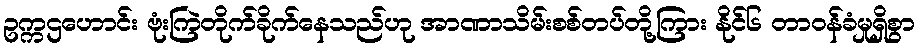
ဥက္ကဌဟောင်း ဗုံးကြဲတိုက်ခိုက်နေသည်ဟု အာဏာသိမ်းစစ်တပ်တို့ကြား နိုင်၆ တာဝန်ခံမှုရှိစွာ